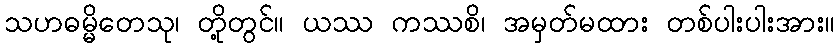
သဟဓမ္မိတေသု၊ တို့တွင်။ ယဿ ကဿစိ၊ အမှတ်မထား တစ်ပါးပါးအား။